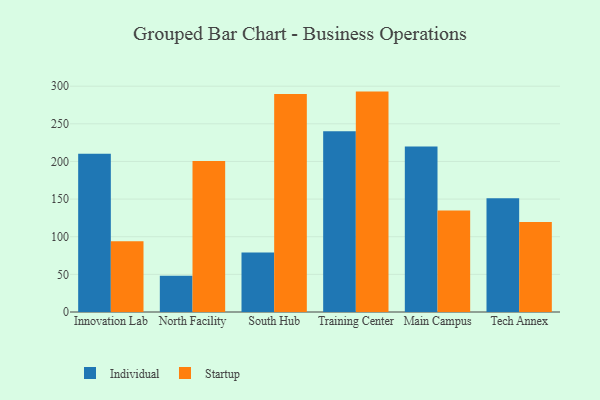
{"axis": {"x": "Campus", "y": "Demand Index"}, "legend": ["Individual", "Startup"], "data": [{"x": "Innovation Lab", "y": 210.2, "type": "Individual"}, {"x": "Innovation Lab", "y": 93.9, "type": "Startup"}, {"x": "North Facility", "y": 48.1, "type": "Individual"}, {"x": "North Facility", "y": 200.7, "type": "Startup"}, {"x": "South Hub", "y": 79.2, "type": "Individual"}, {"x": "South Hub", "y": 289.5, "type": "Startup"}, {"x": "Training Center", "y": 240.0, "type": "Individual"}, {"x": "Training Center", "y": 292.8, "type": "Startup"}, {"x": "Main Campus", "y": 219.9, "type": "Individual"}, {"x": "Main Campus", "y": 134.8, "type": "Startup"}, {"x": "Tech Annex", "y": 151.1, "type": "Individual"}, {"x": "Tech Annex", "y": 119.6, "type": "Startup"}]}